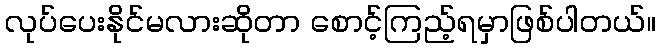
လုပ်ပေးနိုင်မလားဆိုတာ စောင့်ကြည့်ရမှာဖြစ်ပါတယ်။